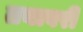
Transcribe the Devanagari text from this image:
तयावरी